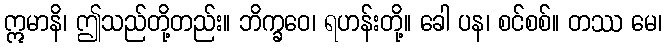
ဣမာနိ၊ ဤသည်တို့တည်း။ ဘိက္ခဝေ၊ ရဟန်းတို့။ ခေါ ပန၊ စင်စစ်။ တဿ မေ၊